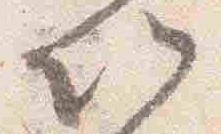
以